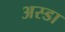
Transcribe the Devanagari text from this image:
अस्डा